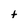
Character: t